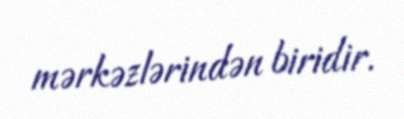
mərkəzlərindən biridir.